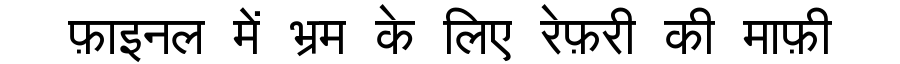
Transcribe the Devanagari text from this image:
फ़ाइनल में भ्रम के लिए रेफ़री की माफ़ी